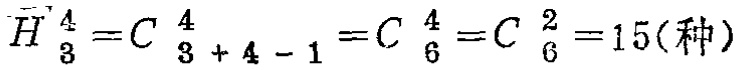
\(\overline{H}_{3}^{4}=C_{3 + 4 - 1}^{4}=C_{6}^{4}=C_{6}^{2}=15(\text{种})\)